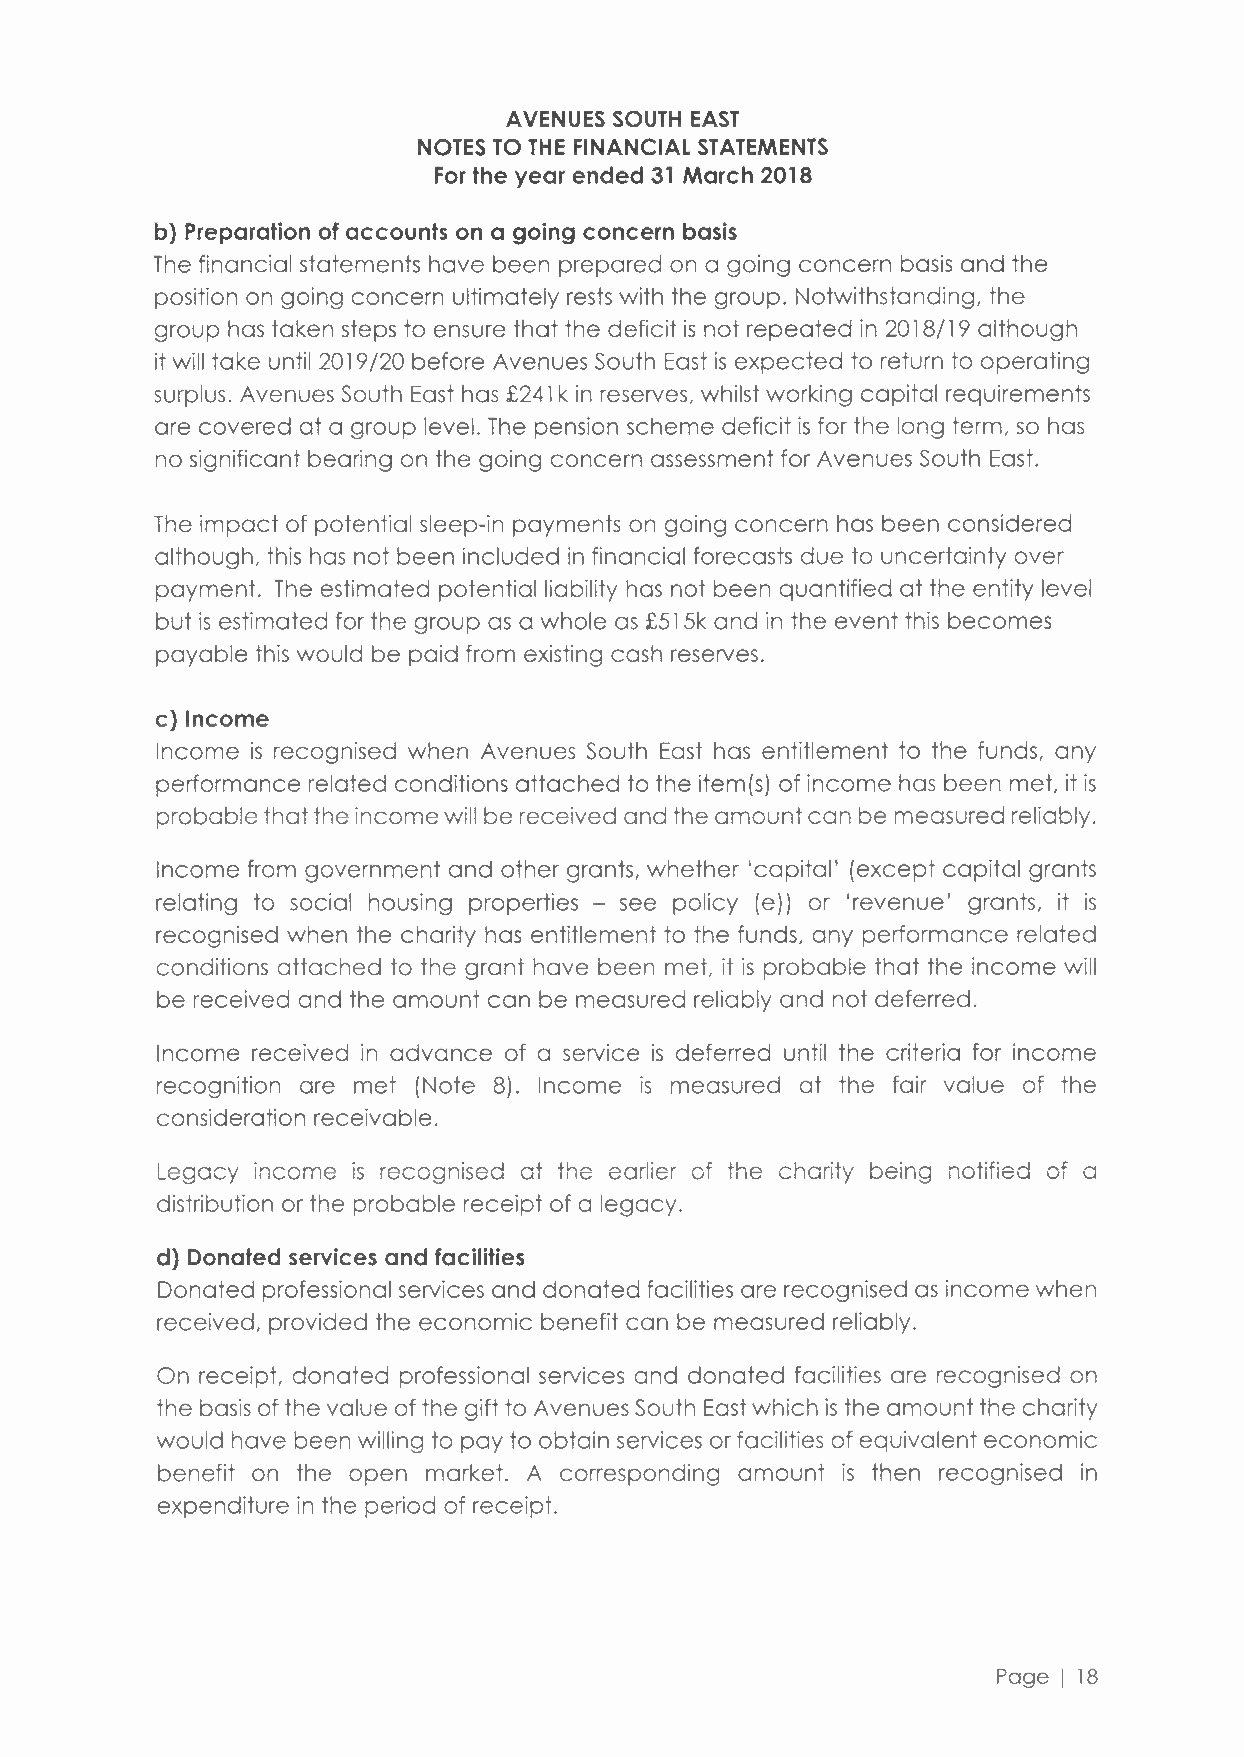
AVENUES SOUTH EAST
 NOTES TO THE FINANCIAL STATEMENTS
 For the year ended 31 March 2018
 b) Preparation of accounts on a going concern basis
 The financial statements have been prepared on a going concern basis and the
 position on going concern ultimately rests with the group. Notwithstanding, the
 group has taken steps to ensure that the deficit is not repeated in 2018/19 although
 it will take until 2019/20 before Avenues South East is expected to return to operating
 surplus. Avenues South East has £241 k in reserves, whilst working capital requirements
 are covered at a group level. The pension scheme deficit is for the long term, so has
 no significant bearing on the going concern assessmentf or Avenues South East.
 The impact of potential sleep-in payments on going concern has been considered
 although, this has not been included in financial forecasts due to uncertainty over
 payment. The estimated potential liability has not been quantified at the entity level
 but is estimated for the group as a whole as £515k and in the event this becomes
 payable this would be paid from existing cash reserves.
 c) Income
 Income is recognised when Avenues South East has entitlement to the funds, any
 performance related conditions attached to the item(s) of income has been met, it is
 probable that the income will be received and the amount can be measured reliably.
 Income from government and other grants, whether 'capital' (except capital grants
 relating to social housing properties - see policy (e)) or 'revenue' grants, it is
 recognised when the charity has entitlement to the funds, any performance related
 conditions attached to the grant have been met, it is probable that the income will
 be received and the amount can be measured reliably and not deferred.
 Income received in advance of a service is deferred until the criteria for income
 recognition are met (Note 8). Income is measured at the fair value of the
 consideration receivable.
 Legacy income is recognised at the earlier of the charity being notified of a
 distribution or the probable receipt of a legacy.
 d) Donated services and facilities
 Donated professional services and donated facilities are recognised as income when
 received, provided the economic benefit can be measured reliably.
 On receipt, donated professional services and donated facilities are recognised on
 the basis of the value of the gift to Avenues South East which is the amount the charity
 would have been willing to pay to obtain services or facilities of equivalent economic
 benefit on the open market. A corresponding amount is then recognised in
 expenditure in the period of receipt.
 Page I 18